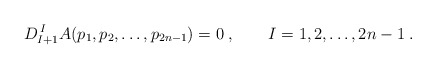
\begin{align*} D^{\, I}_{I+1}A(p_1,p_2,\ldots,p_{2n-1})=0\;, \qquad I=1,2,\ldots, 2n-1\;.\end{align*}